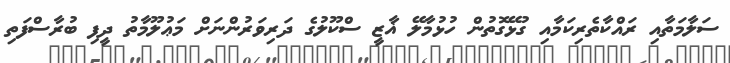
ސަލާމަތާއި ރައްކާތެރިކަމާއި ގުޅޭގޮތުން ހުޅުމާލޭ ޣާޒީ ސްކޫލުގެ ދަރިވަރުންނަށް މަޢުލޫމާތު ދީފި ބުރާސްފަތި